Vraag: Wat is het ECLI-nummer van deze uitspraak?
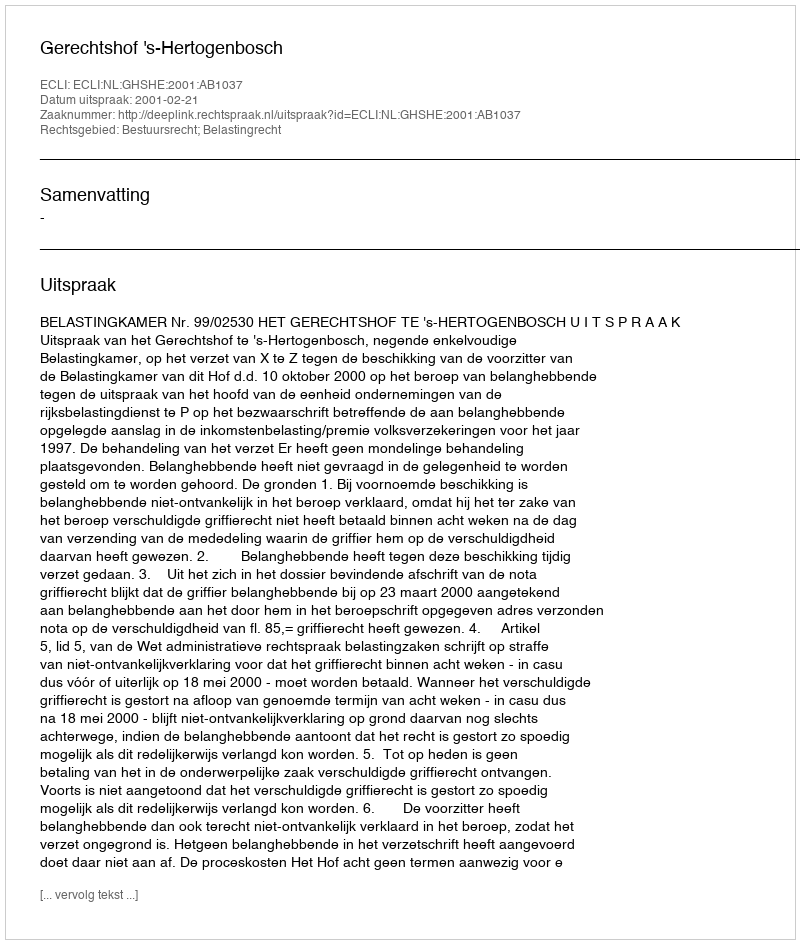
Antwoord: ECLI:NL:GHSHE:2001:AB1037